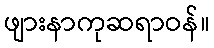
ဖျားနာကုဆရာဝန်။